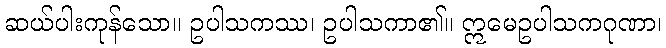
ဆယ်ပါးကုန်သော။ ဥပါသကဿ၊ ဥပါသကာ၏။ ဣမေဥပါသကဂုဏာ၊